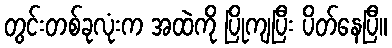
တွင်းတစ်ခုလုံးက အထဲကို ပြိုကျပြီး ပိတ်နေပြီ။